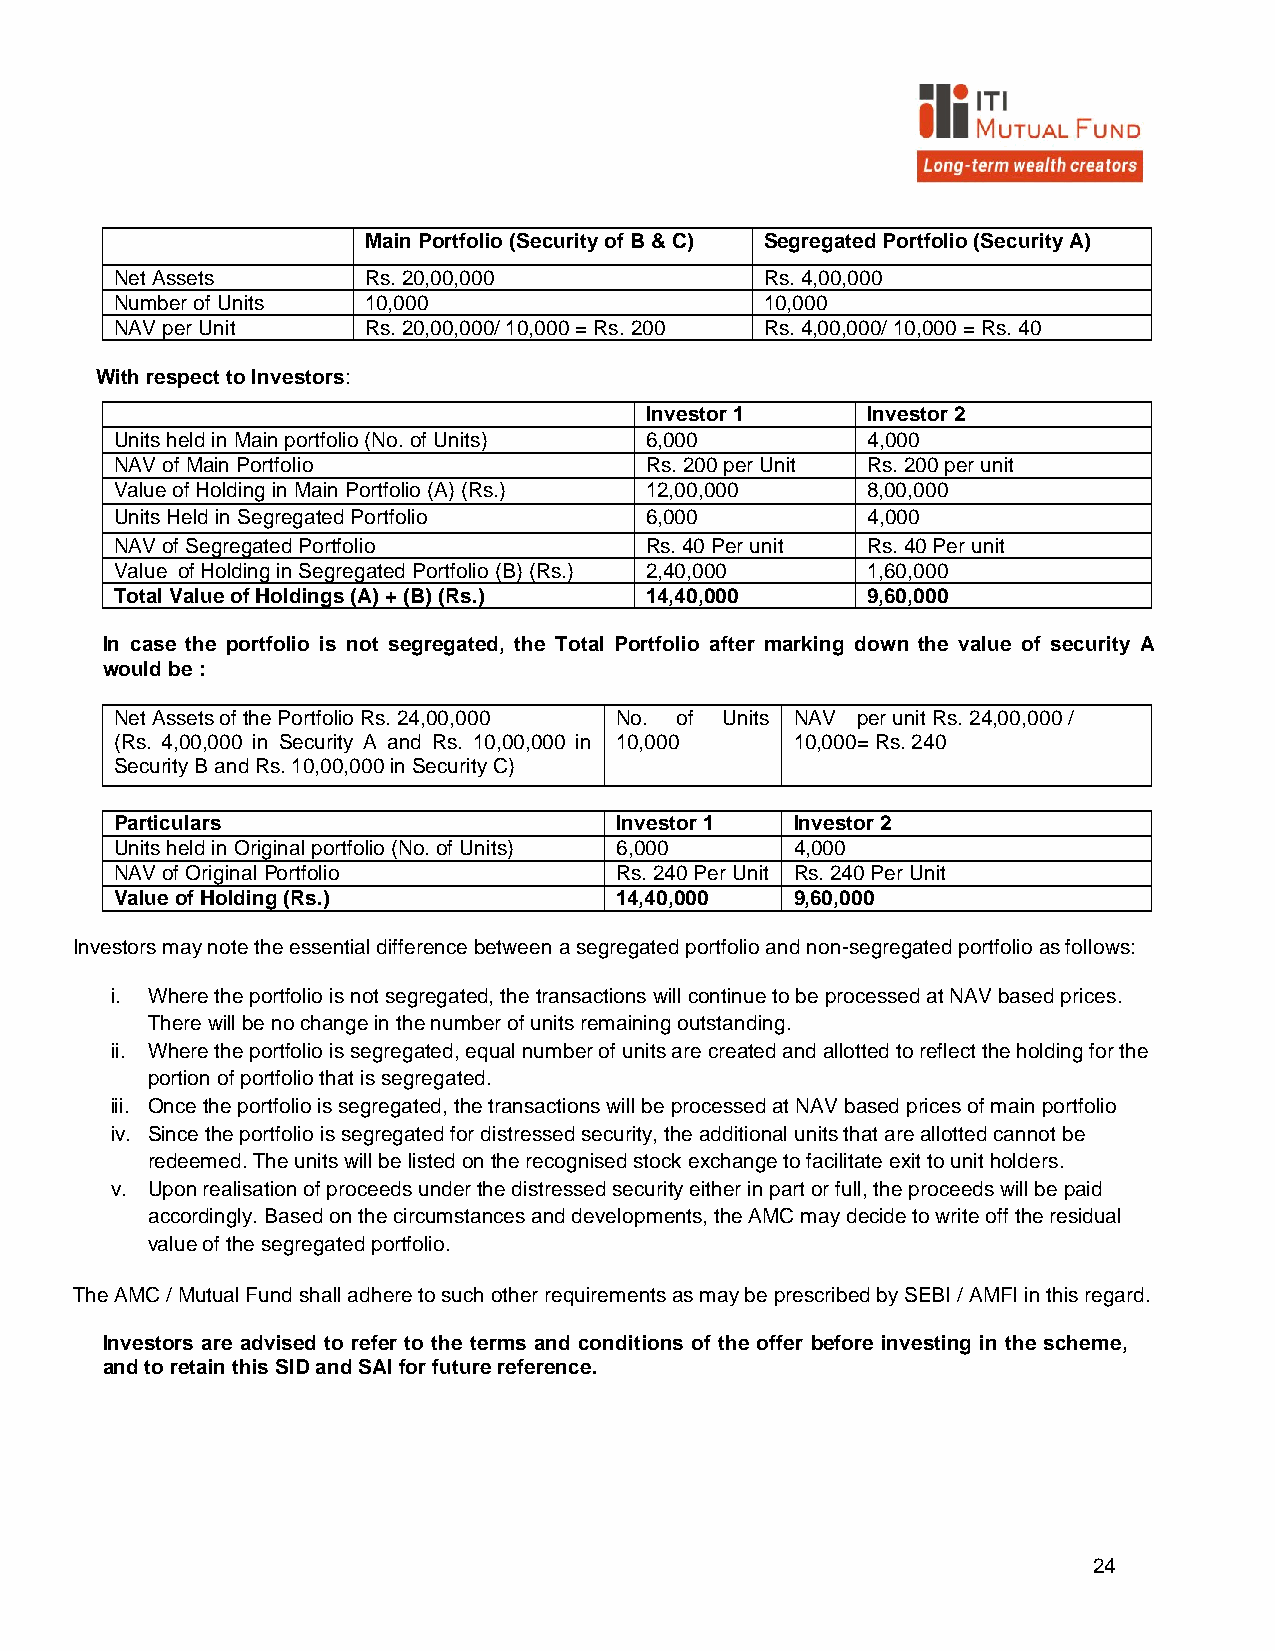
Main Portfolio (Security of B & C) Segregated Portfolio (Security A)
 Net Assets      Rs. 20,00,000              Rs. 4,00,000
 Number of Units 10,000                     10,000
 NAV per Unit    Rs. 20,00,000/ 10,000 = Rs. 200 Rs. 4,00,000/ 10,000 = Rs. 40
 With respect to Investors:
 Investor 1    Investor 2
 Units held in Main portfolio (No. of Units) 6,000 4,000
 NAV of Main Portfolio              Rs. 200 per Unit Rs. 200 per unit
 Value of Holding in Main Portfolio (A) (Rs.) 12,00,000 8,00,000
 Units Held in Segregated Portfolio 6,000         4,000
 NAV of Segregated Portfolio        Rs. 40 Per unit Rs. 40 Per unit
 Value of Holding in Segregated Portfolio (B) (Rs.) 2,40,000 1,60,000
 Total Value of Holdings (A) + (B) (Rs.) 14,40,000 9,60,000
 In case the portfolio is not segregated, the Total Portfolio after marking down the value of security A
 would be :
 Net Assets of the Portfolio Rs. 24,00,000 No. of Units NAV per unit Rs. 24,00,000 /
 (Rs. 4,00,000 in Security A and Rs. 10,00,000 in 10,000 10,000= Rs. 240
 Security B and Rs. 10,00,000 in Security C)
 Particulars                      Investor 1  Investor 2
 Units held in Original portfolio (No. of Units) 6,000 4,000
 NAV of Original Portfolio        Rs. 240 Per Unit Rs. 240 Per Unit
 Value of Holding (Rs.)           14,40,000   9,60,000
 Investors may note the essential difference between a segregated portfolio and non-segregated portfolio as follows:
 i. Where the portfolio is not segregated, the transactions will continue to be processed at NAV based prices.
 There will be no change in the number of units remaining outstanding.
 ii. Where the portfolio is segregated, equal number of units are created and allotted to reflect the holding for the
 portion of portfolio that is segregated.
 iii. Once the portfolio is segregated, the transactions will be processed at NAV based prices of main portfolio
 iv. Since the portfolio is segregated for distressed security, the additional units that are allotted cannot be
 redeemed. The units will be listed on the recognised stock exchange to facilitate exit to unit holders.
 v. Upon realisation of proceeds under the distressed security either in part or full, the proceeds will be paid
 accordingly. Based on the circumstances and developments, the AMC may decide to write off the residual
 value of the segregated portfolio.
 The AMC / Mutual Fund shall adhere to such other requirements as may be prescribed by SEBI / AMFI in this regard.
 Investors are advised to refer to the terms and conditions of the offer before investing in the scheme,
 and to retain this SID and SAI for future reference.
 24